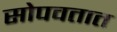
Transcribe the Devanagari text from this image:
सोपवतात